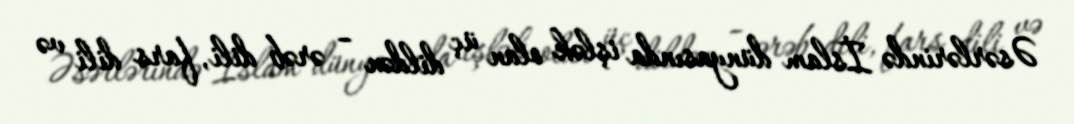
Əsərlərində İslam dünyasında işlək olan üç dildən – ərəb dili, fars dili və